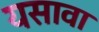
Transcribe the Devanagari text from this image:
यसावा